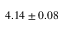
4 . 1 4 \pm 0 . 0 8